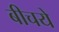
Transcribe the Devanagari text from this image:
बीचये